Vaccination North-Western Provinces and Oudh 1878-1895 - 1878-1895
Year: 1878
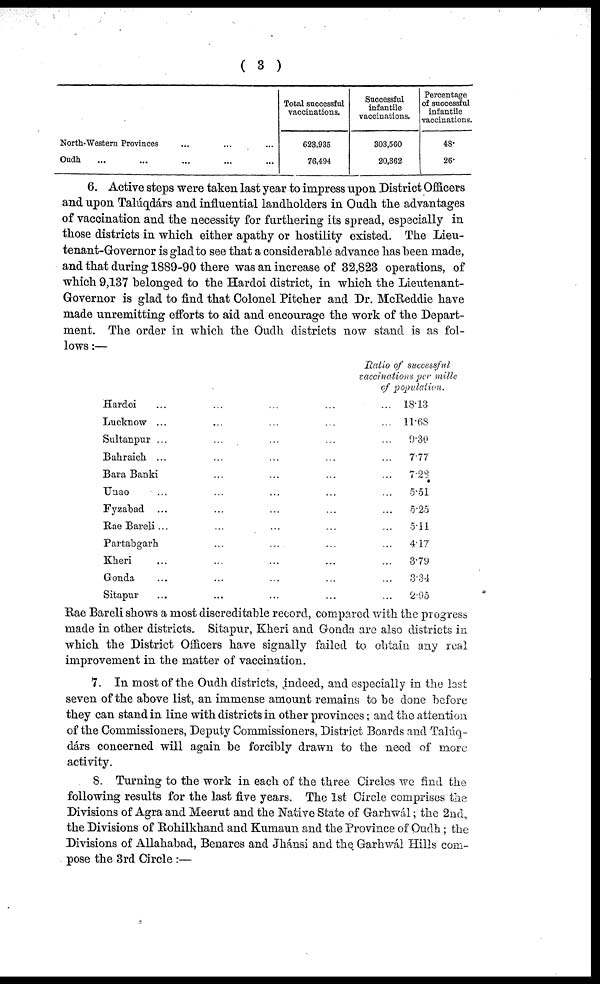
( 3 )
North-Western Provinces ... ... ...
Oudh ... ... ... ... ...
Total successful
vaccinations.
623,935
76,494
Successful
infantile
vaccinations.
303,560
20,362
Percentage
of successful
infantile
vaccinations.
48
26
6. Active steps were taken last year to impress upon District Officers
and upon Talúqdárs and influential landholders in Oudh the advantages
of vaccination and the necessity for furthering its spread, especially in
those districts in which either apathy or hostility existed. The Lieu-
tenant-Governor is glad to see that a considerable advance has been made,
and that during 1889-90 there was an increase of 32,823 operations, of
which 9,137 belonged to the Hardoi district, in which the Lieutenant-
G-ovemor is glad to find that Colonel Pitcher and Dr. McReddie have
made unremitting efforts to aid and encourage the work of the Depart-
ment. The order in which the Oudh districts now stand is as fol-
lows :—
Hardoi ... ... ... ... ...
Lucknow ... ... ... ... ...
Sultanpur ... ... ... ... ...
Bahraich ... ... ... ... ...
Bara Banki ... ... ... ...
Unao ... ... ... ... ...
Fyzabad ... ... ... ... ...
Rae Bareli ... ... ... ... ...
Partabgarh ... ... ... ...
Kheri ... ... ... ... ...
Gonda ... ... ... ... ...
Sitapur ... ... ... ... ...
Ratio of successful
vaccinations per mille
of population.
18.13
11.68
9.30
7.77
7.28
5.51
5.25
5.11
4.17
3.79
3.34
2.95
Rae Bareli shows a most discreditable record, compared with the progress
made in other districts. Sitapur, Kheri and Gonda are also districts in
which the District Officers have signally failed to obtain any real
improvement in the matter of vaccination.
7. In most of the Oudh districts, indeed, and especially in the last
seven of the above list, an immense amount remains to be clone before
they can stand in line with districts in other provinces; and the attention
of the Commissioners, Deputy Commissioners, District Boards and Talúq-
dárs concerned will again be forcibly drawn to the need of more
activity.
8. Turning to the work in each of the three Circles we find the
following results for the last five years. The 1st Circle comprises the
Divisions of Agra and Meerut and the Native State of Garhwál; the 2nd,
the Divisions of Rohilkhand and Kumaun and the Province of Oudh; the
Divisions of Allahabad, Benares and Jhánsi and the. Garhwál Hills com-
pose the 3rd Circle :—